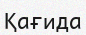
Қағида